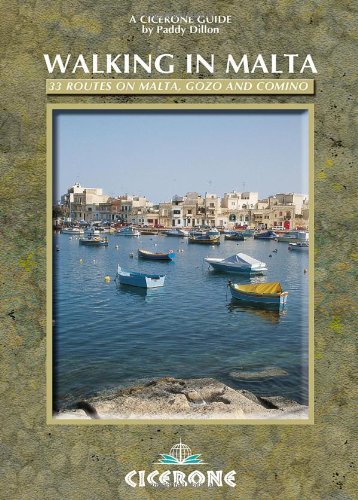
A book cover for Walking in Malta: 33 routes on Malta, Gozo and Comino (Mediterranean Walking); Paddy Dillon; Travel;